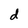
Character: d